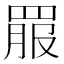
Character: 𦋉